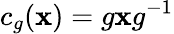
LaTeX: c_{g}(\mathbf{x})=g\mathbf{x}g^{-1}